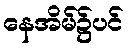
နေအိမ်၌ပင်